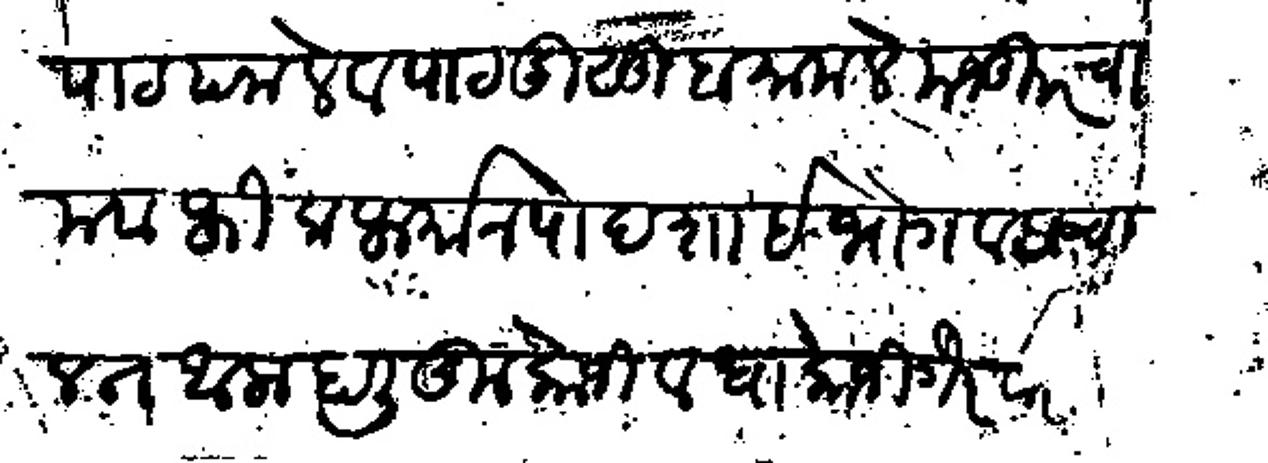
Transliteration (Devanagari): पाटपनाले व पाटदूसुबा मामले मजकूरचा मवाफीक फर्मान पादशाई भोगवटा चालत आला हाली तुकोजी व धाकोजी गैरवारीस